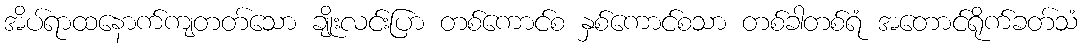
အိပ်ရာထနောက်ကျတတ်သော ချိုးလင်းပြာ တစ်ကောင်စ နှစ်ကောင်စသာ တစ်ခါတစ်ရံ အတောင်ရိုက်ခတ်သံ